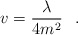
\begin{align*}v=\frac \lambda {4m^2}\hspace{0.3cm}. \end{align*}